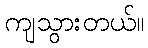
ကျသွားတယ်။